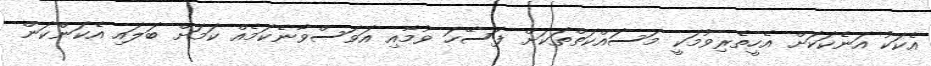
އެކަކު އަނެކަކަށް އެހީތެރިވުމަކީ މަސައްކަތްތަކަށް ފަސޭހަ ވުމާއި އަވަސްވާނެކަމެއް ކަމަށް ބަލައި އެކަންކަން